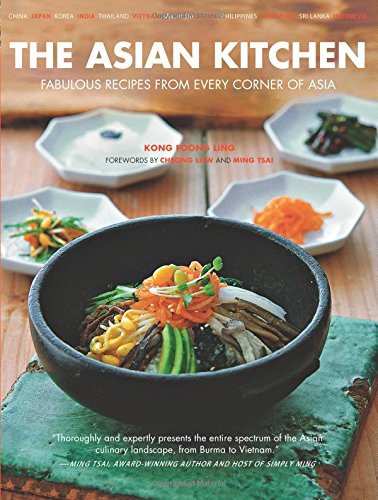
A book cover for The Asian Kitchen: Fabulous Recipes from Every corner of Asia [Asian Cookbook, 380 Recipes]; Kong Foong Ling; Cookbooks, Food & Wine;